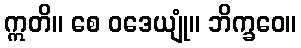
ဣတိ။ စေ ဝဒေယျုံ။ ဘိက္ခဝေ။